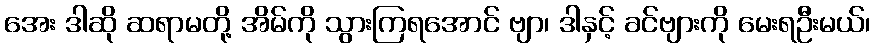
အေး ဒါဆို ဆရာမတို့ အိမ်ကို သွားကြရအောင် ဗျာ၊ ဒါနှင့် ခင်ဗျားကို မေးရဦးမယ်၊